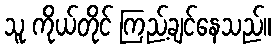
သူ ကိုယ်တိုင် ကြည့်ချင်နေသည်။